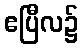
ဧပြီလ၌